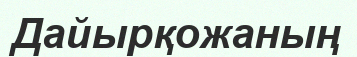
Дайырқожаның